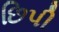
છિપી